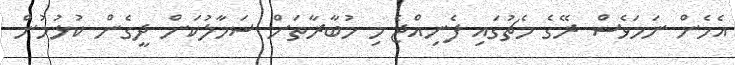
އެހެން ނަމަވެސް ރޭގެ މެޗުގައި ފެނިއްޖެ މި މުބާރާތަށް ސަމާލުކަން ދީގެން ކުޅުމުން